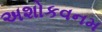
અશોકવનમ